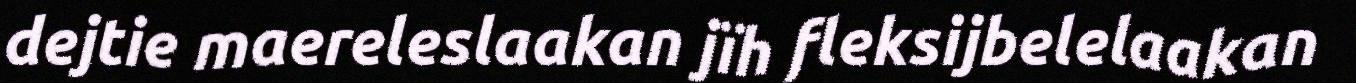
dejtie maereleslaakan jïh fleksijbelelaakan